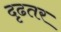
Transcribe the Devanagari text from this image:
दृढतर